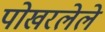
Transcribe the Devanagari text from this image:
पोखरलेले